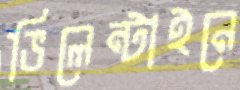
ভিলেন্টাইনে